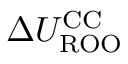
\Delta { U _ { \mathrm { R O O } } ^ { \mathrm { C C } } }